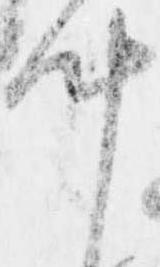
叶